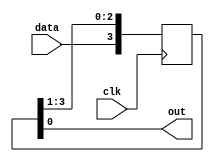
module shift(input clk,data, output out);
reg [3:0] regis;
always@(posedge clk)begin
    regis[3] <= data;
    regis[2] <= regis[3];
    regis[1] <= regis[2];
    regis[0] <= regis[1];
end
assign out = regis[0];
endmodule